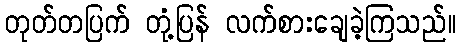
တုတ်တပြက် တုံ့ပြန် လက်စားချေခဲ့ကြသည်။